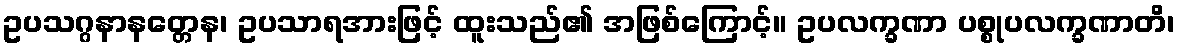
ဥပသဂ္ဂနာနတ္တေန၊ ဥပသာရအားဖြင့် ထူးသည်၏ အဖြစ်ကြောင့်။ ဥပလက္ခဏာ ပစ္စုပလက္ခဏာတိ၊